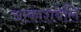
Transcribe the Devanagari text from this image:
आकाशबेलि